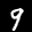
Label: 9